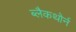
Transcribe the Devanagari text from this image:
ब्लैकथोर्न